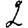
Digit: 2